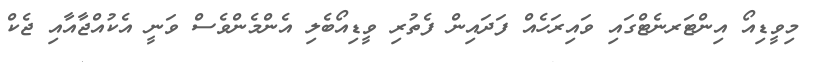
މިވީޑިއޯ އިންޓަރނެޓްގައި ވައިރަހެއް ފަދައިން ފެތުރި ވީޑިއޯބެލި އެންމެންވެސް ވަނީ އެކުއްޖާއާއި ޖެކް